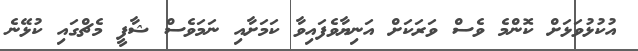
އުކުޅުވަޅަށް ކޮންމެ ވެސް ވަރަކަށް އަނިޔާވެފައިވާ ކަމަށާއި ނަމަވެސް ޝާފީ މެޗްގައި ކުޅޭނެ